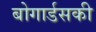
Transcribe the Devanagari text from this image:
बोगार्डसकी